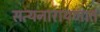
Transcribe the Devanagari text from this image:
सत्यनारायणात